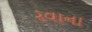
રવાના